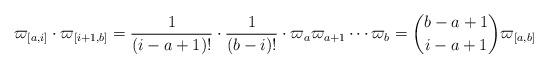
LaTeX: \begin{align*} \varpi_{[a,i]}\cdot \varpi_{[i+1,b]} = \frac{1}{(i-a+1)!} \cdot \frac{1}{(b-i)!} \cdot \varpi_{a}\varpi_{a+1}\cdots\varpi_{b} = \binom{b-a+1}{i-a+1} \varpi_{[a,b]}\end{align*}